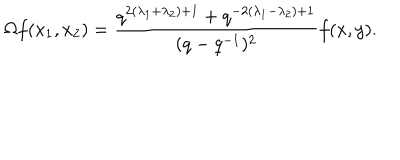
LaTeX: \Omega f ( x _ { 1 } , x _ { 2 } ) = \frac { q ^ { 2 ( \lambda _ { 1 } + \lambda _ { 2 } ) + 1 } + q ^ { - 2 ( \lambda _ { 1 } - \lambda _ { 2 } ) + 1 } } { ( q - q ^ { - 1 } ) ^ { 2 } } f ( x , y ) .